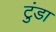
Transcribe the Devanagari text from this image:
टुंडा